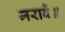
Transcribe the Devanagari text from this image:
मरावें॥